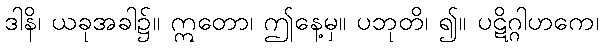
ဒါနိ၊ ယခုအခါ၌။ ဣတော၊ ဤနေ့မှ။ ပဘုတိ၊ ၍။ ပဋိဂ္ဂါဟကေ၊